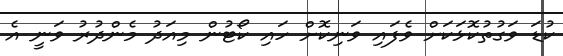
ކުޑަ ވަގުތުކޮޅަކަށް ވެފައި ވަނިކޮށް ހައި ކޯޓުން މިއަދު މެންދުރު ވަނީ އެ